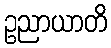
ဥညာယာတိ